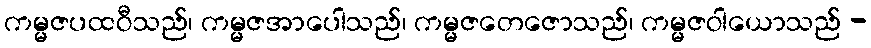
ကမ္မဇပထဝီသည်၊ ကမ္မဇအာပေါသည်၊ ကမ္မဇတေဇောသည်၊ ကမ္မဇဝါယောသည် -